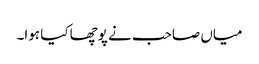
میاں صاحب نے پوچھا کیا ہوا۔